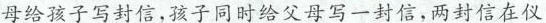
母给孩子写封信，孩子同时给父母写一封信，两封信在仪